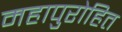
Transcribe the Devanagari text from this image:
महापुरोहित